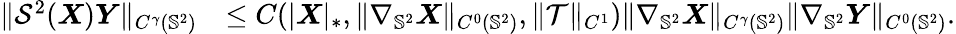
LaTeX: \begin{array}{rl}{\| \mathcal{S}^{2}(\boldsymbol{X})\boldsymbol{Y}\| _{C^{\gamma}(\mathbb{S}^{2})}}&{\leq C(|\boldsymbol{X}|_{*},\| \nabla_{\mathbb{S}^{2}}\boldsymbol{X}\| _{C^{0}(\mathbb{S}^{2})},\| \mathcal{T}\| _{C^{1}})\| \nabla_{\mathbb{S}^{2}}\boldsymbol{X}\| _{C^{\gamma}(\mathbb{S}^{2})}\| \nabla_{\mathbb{S}^{2}}\boldsymbol{Y}\| _{C^{0}(\mathbb{S}^{2})}.}\end{array}